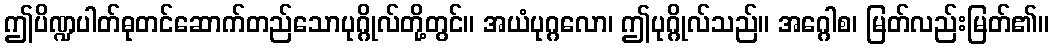
ဤပိဏ္ဍပါတ်ဓုတင်ဆောက်တည်သောပုဂ္ဂိုလ်တို့တွင်။ အယံပုဂ္ဂလော၊ ဤပုဂ္ဂိုလ်သည်။ အဂ္ဂေါစ၊ မြတ်လည်းမြတ်၏။